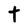
Character: t